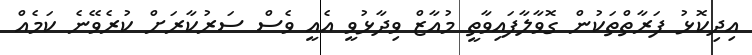
އިދިކޮޅު ފަރާތްތަކުން ގޮވާލާފައިވާތީ މުއާޒް ވިދާޅުވީ އެއީ ވެސް ސަރުކާރަށް ކުރެވޭނެ ކަމެއް